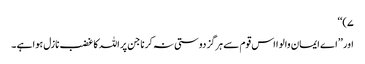
۷)‘‘
اور ’’اے ایمان والو ا اس قوم سے ہرگز دوستی نہ کرنا جن پر اللہ کا غضب نازل ہوا ہے ۔